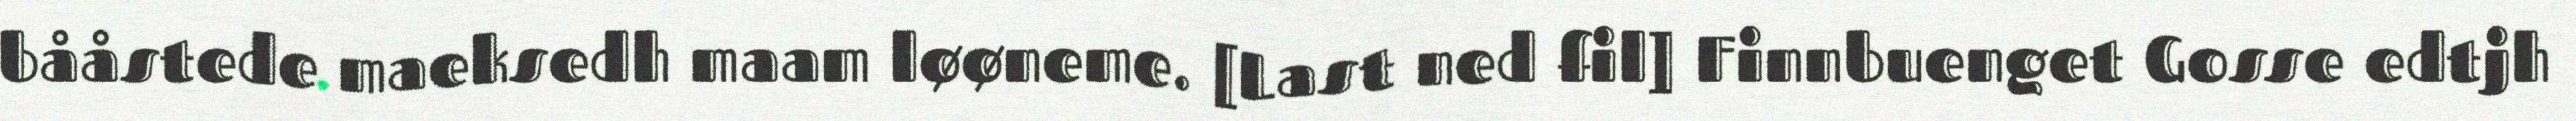
bååstede maeksedh maam løøneme. [Last ned fil] Finnbuenget Gosse edtjh